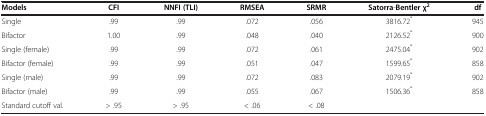
<table><thead><tr><td><b>Models</b></td><td><b>CFI</b></td><td><b>NNFI (TLI)</b></td><td><b>RMSEA</b></td><td><b>SRMR</b></td><td><b>Satorra-Bentler χ<sup>2</sup></b></td><td><b>df</b></td></tr></thead><tbody><tr><td>Single</td><td>.99</td><td>.99</td><td>.072</td><td>.056</td><td>3816.72<sup>*</sup></td><td>945</td></tr><tr><td>Bifactor</td><td>1.00</td><td>.99</td><td>.048</td><td>.040</td><td>2126.52<sup>*</sup></td><td>900</td></tr><tr><td>Single (female)</td><td>.99</td><td>.99</td><td>.072</td><td>.061</td><td>2475.04<sup>*</sup></td><td>902</td></tr><tr><td>Bifactor (female)</td><td>.99</td><td>.99</td><td>.051</td><td>.047</td><td>1599.65<sup>*</sup></td><td>858</td></tr><tr><td>Single (male)</td><td>.99</td><td>.99</td><td>.072</td><td>.083</td><td>2079.19<sup>*</sup></td><td>902</td></tr><tr><td>Bifactor (male)</td><td>.99</td><td>.99</td><td>.055</td><td>.067</td><td>1506.36<sup>*</sup></td><td>858</td></tr><tr><td>Standard cutoff val.</td><td>&gt; .95</td><td>&gt; .95</td><td>&lt; .06</td><td>&lt; .08</td><td> </td><td> </td></tr></tbody></table>